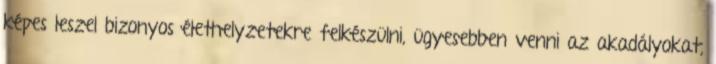
képes leszel bizonyos élethelyzetekre felkészülni, ügyesebben venni az akadályokat,